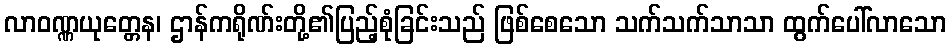
လာဝဏ္ဏယုတ္တေန၊ ဌာန်ကရိုဏ်းတို့၏ပြည့်စုံခြင်းသည် ဖြစ်စေသော သက်သက်သာသာ ထွက်ပေါ်လာသော